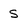
Character: S